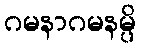
ဂမနာဂမနမ္ပိ